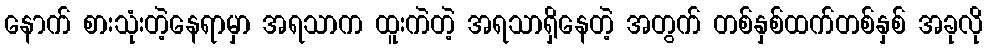
နောက် စားသုံးတဲ့နေရာမှာ အရသာက ထူးကဲတဲ့ အရသာရှိနေတဲ့ အတွက် တစ်နှစ်ထက်တစ်နှစ် အခုလို